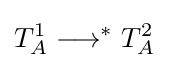
T_{A}^{1}\longrightarrow ^{*}T_{A}^{2}